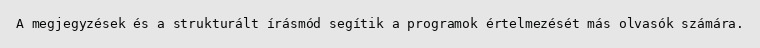
A megjegyzések és a strukturált írásmód segítik a programok értelmezését más olvasók számára.